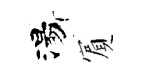
湯賔